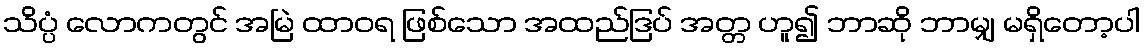
သိပ္ပံ လောကတွင် အမြဲ ထာဝရ ဖြစ်သော အထည်ဒြပ် အတ္တ ဟူ၍ ဘာဆို ဘာမျှ မရှိတော့ပါ